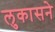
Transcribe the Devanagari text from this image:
लुकासने